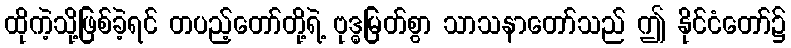
ထိုကဲ့သို့ဖြစ်ခဲ့ရင် တပည့်တော်တို့ရဲ့ ဗုဒ္ဓမြတ်စွာ သာသနာတော်သည် ဤ နိုင်ငံတော်၌